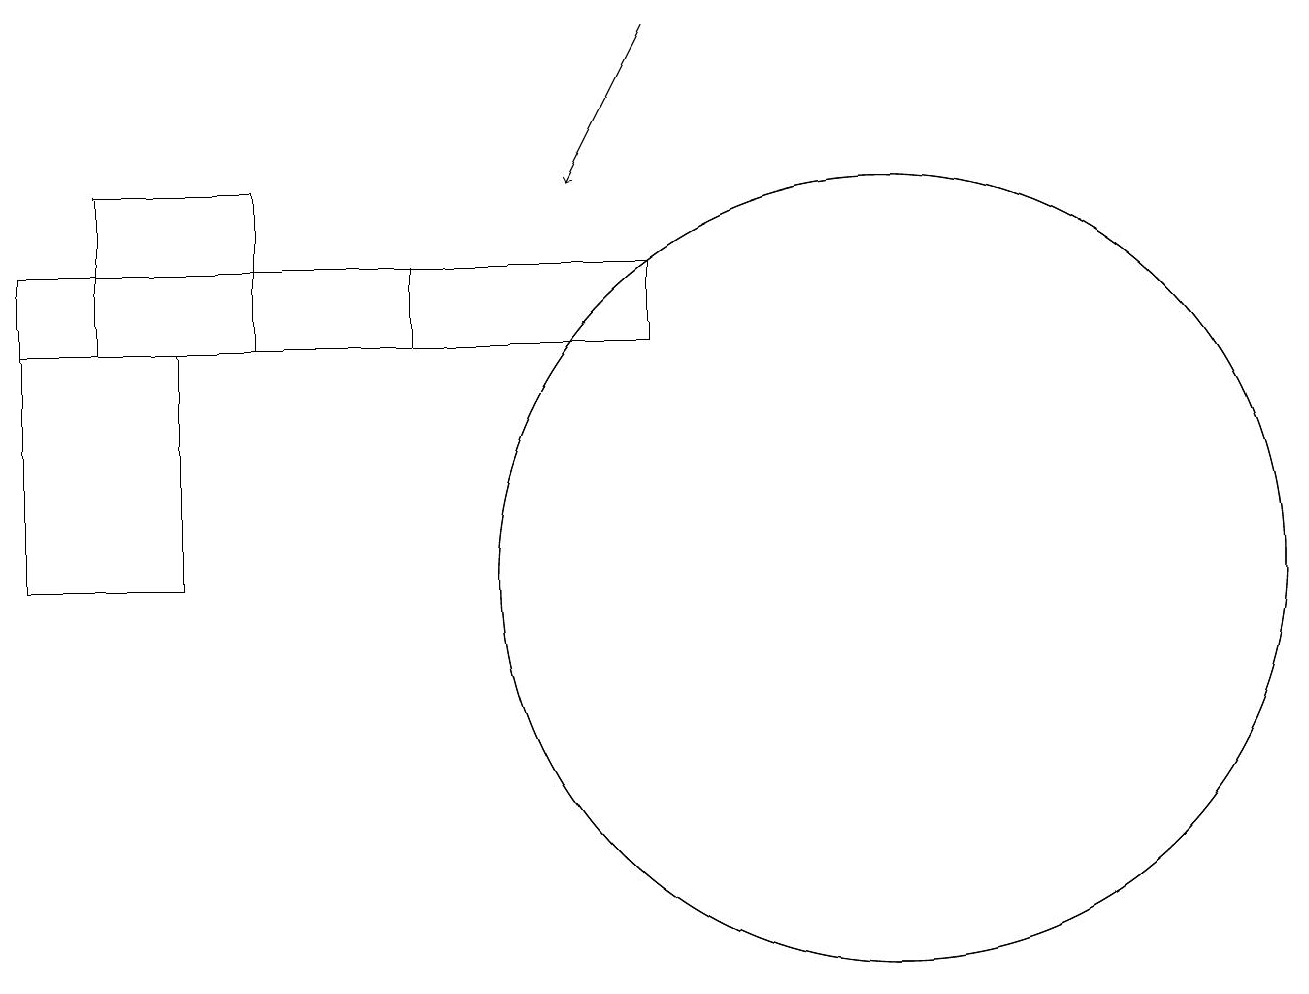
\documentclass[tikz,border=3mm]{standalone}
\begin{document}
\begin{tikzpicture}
\draw (12,10) circle (5);
\draw (12,10) circle (5);
\draw (3,13) rectangle (1,10);
\draw[->] (9,17) -- (8,15);
\draw (6,13) rectangle (9,14);
\draw (6,13) rectangle (1,14);
\draw (2,13) rectangle (4,15);
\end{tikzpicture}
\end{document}